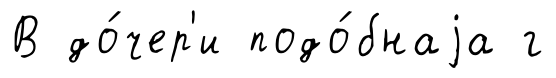
В до́чер'и подо́бнаjа г